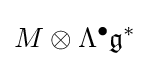
M\otimes \Lambda ^{\bullet }{\mathfrak {g}}^{*}